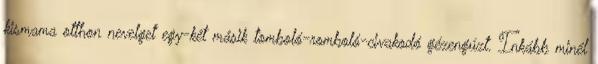
kismama otthon nevelget egy-két másik tomboló-romboló-civakodó gézengúzt. Inkább minél